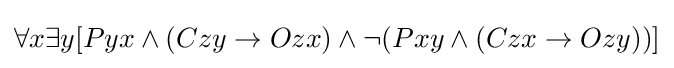
\forall x\exists y[Pyx\land (Czy\rightarrow Ozx)\land \lnot (Pxy\land (Czx\rightarrow Ozy))]